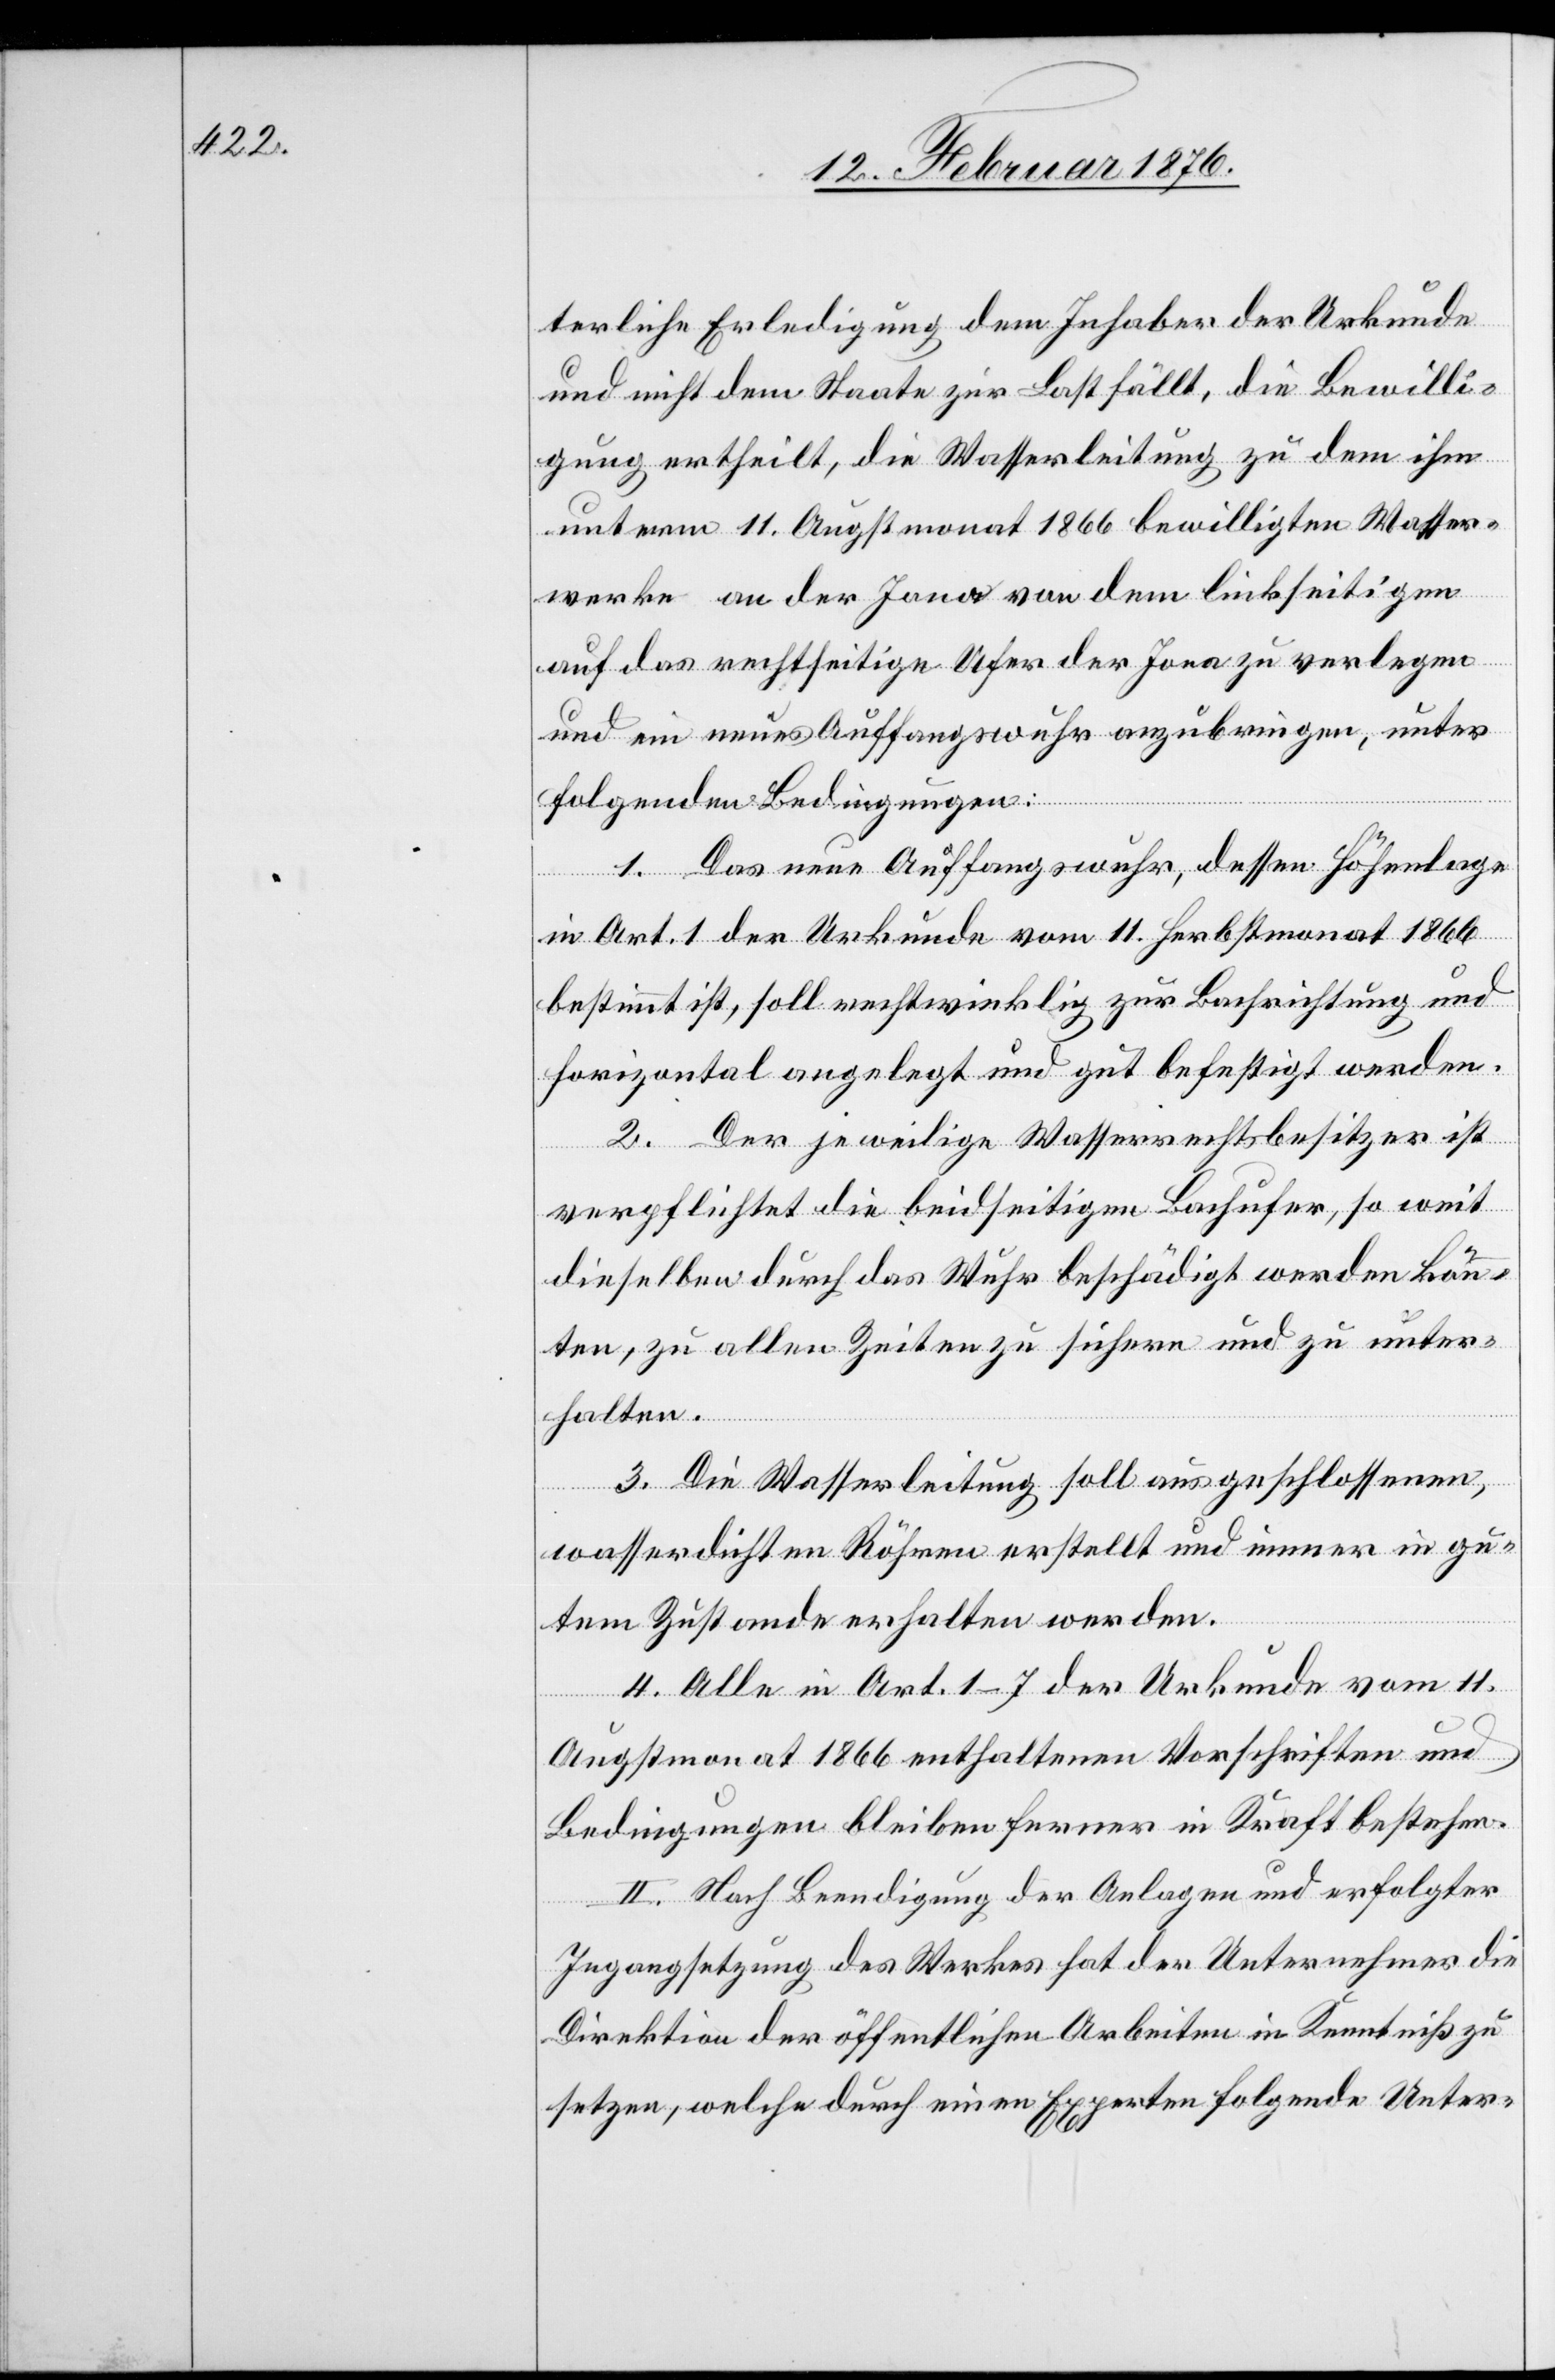
terliche Erledigung dem Inhaber der Urkunde
und nicht dem Staate zur Last fällt, die Bewilli¬
gung ertheilt, die Wasserleitung zu dem ihm
unteren 11. Augstmonat 1866 bewilligten Wasser¬
werke an der Jona von dem linkseitigen
auf das rechtseitige Ufer der Jona zu verlagern
und ein neues Auffangswuhr anzubringen, unter
folgenden Bedingungen:
1. Das neue Auffangswuhr, dessen Höhenlage
in Art.1 der Urkunde vom 11. Herbstmonat 1866
bestimmt ist, soll rechtwinklig zur Bachrichtung und
horizontal angelegt und gut befestigt werden.
2. Der jeweilige Wasserrechtsbesitzer ist
verpflichtet die beidseitigen Bachufer, so weit
dieselben durch das Wehr beschädigt werden könn¬
ten, zu allen Zeiten zu sichern und zu unter¬
halten.
3. Die Wasserleitung soll aus geschlossenen,
wasserdichten Röhren erstellt und immer in gu¬
tem Zustande erhalten werden.
4. Alle in Art. 1–7 der Urkunde vom 11.
Augstmonat 1866 enthaltenen Vorschriften und
Bedingungen bleiben ferner in Kraft bestehen.
II. Nach Beendigung der Anlage und erfolgter
Ingangsetzung des Werkes hat der Unternehmer die
Direktion der öffentlichen Arbeiten in Kenntnis zu
setzen, welche durch einen Experten folgende Unter-